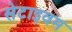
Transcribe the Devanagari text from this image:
सेटाइवम